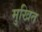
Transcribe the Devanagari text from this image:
मुखित